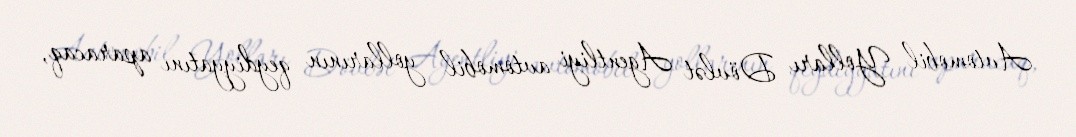
Avtomobil Yolları Dövlət Agentliyi avtomobil yollarının qeydiyyatını aparacaq,